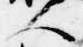
人